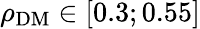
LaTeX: \rho_{\mathrm{DM}}\in\left[0.3;0.55\right]